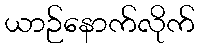
ယာဉ်နောက်လိုက်